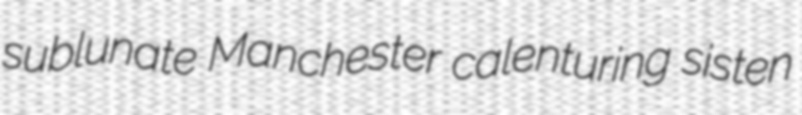
sublunate Manchester calenturing sisten